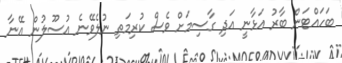
ބަހައްޓަން ބާރު އަޅާނީ އަދި ގާސިމަށް ވެސް ކުރިމަތި ނުލެވޭނެ އުސޫލުން އޭނާ